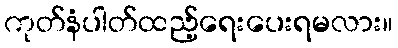
ကုတ်နံပါတ်ထည့်ရေးပေးရမလား။